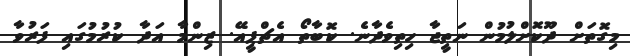
މިގޮތަށް ދޫކޮށްލުމުން ނަތީޖާ ހިތިވެދާނެ. ކޮބާތޯ އެޗްޕީއޭ. ޒިންމާ އަދާ ކުރުމުގައި ފަރުވާ